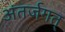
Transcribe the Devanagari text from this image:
अंतर्जगत्‌